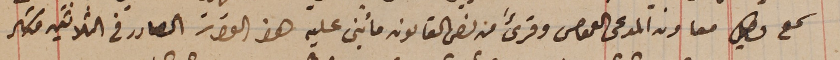
سمع وكيل معاون المدعى العمومى وقرىءَ من نص القانون ما بُنى عليه هذا القرار الصادر فى الثلاثين من شهر